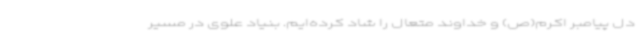
دل پیامبر اکرم(ص) و خداوند متعال را شاد کرده‌ایم. بنیاد علوی در مسیر